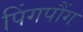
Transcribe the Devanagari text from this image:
पिंगपौंग